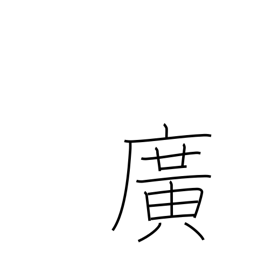
Meaning: broad